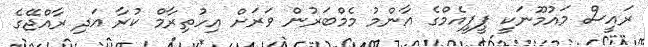
ރައީސް މައުމޫނަކީ ޕީޕީއެމްގެ އާންމު މެމްބަރުން ވަރަށް އިހުތިރާމް ކުރާ އަދި ރާއްޖޭގެ